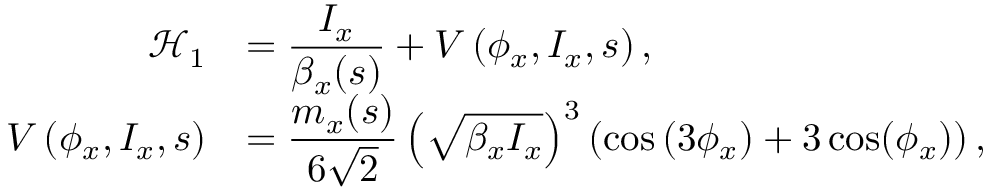
\begin{array} { r l } { \displaystyle \mathcal { H } _ { 1 } } & { = \displaystyle \frac { I _ { x } } { \beta _ { x } ( s ) } + V \left( \phi _ { x } , I _ { x } , s \right) , } \\ { \displaystyle V \left( \phi _ { x } , I _ { x } , s \right) } & { = \displaystyle \frac { m _ { x } ( s ) } { 6 \sqrt 2 } \left( \sqrt { \beta _ { x } I _ { x } } \right) ^ { 3 } \left( \cos \left( 3 \phi _ { x } \right) + 3 \cos ( \phi _ { x } ) \right) , } \end{array}